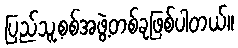
ပြည်သူ့စစ်အဖွဲ့တစ်ခုဖြစ်ပါတယ်။